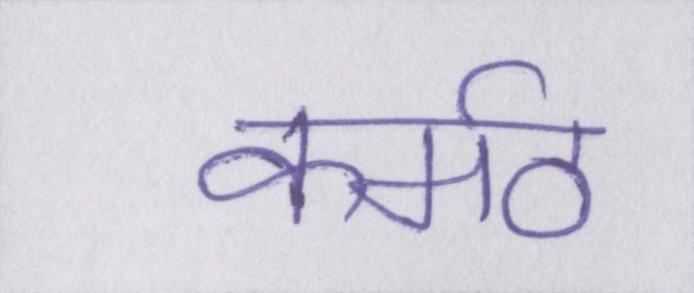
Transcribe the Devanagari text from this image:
कर्मठ